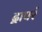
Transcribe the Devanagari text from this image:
द्वापरं